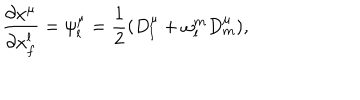
\frac { \partial x ^ { \mu } } { \partial x _ { f } ^ { l } } = \psi _ { l } ^ { \mu } = \frac { 1 } { 2 } ( D _ { l } ^ { \mu } + \omega _ { l } ^ { m } D _ { m } ^ { \mu } ) ,